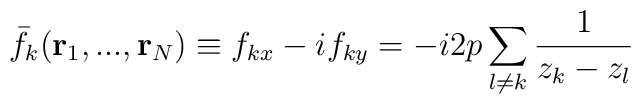
\bar{f}_k({\bf r}_1,...,{\bf r}_N)\equiv f_{kx} - if_{ky}=-i2p\sum_{l\neq k}\frac{1}{z_k-z_l}